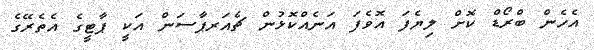
އެހެން ބްރޯޑް ކޮށް ލިޔެފަ އޮވެފަ އަނެއްކޮޅުން ޗެއަރޕާސަން އަކީ ޕާޓީގެ އެތެރޭގެ